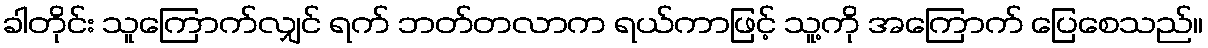
ခါတိုင်း သူကြောက်လျှင် ရက် ဘတ်တလာက ရယ်ကာဖြင့် သူ့ကို အကြောက် ပြေစေသည်။